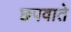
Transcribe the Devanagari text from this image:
छपवाते